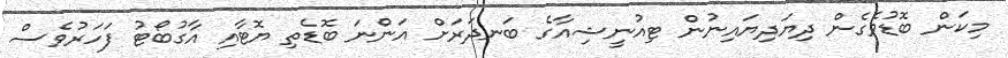
މިކަން ބޮޑުވެގެން ދިޔަދިޔައިނުން ޓިއުނީޝިއާގެ ބަނދަރަށް އަންނަ ބޮޑެތި ޔޮޓާއި އާގުބޯޓު ފަހަރުވެސް